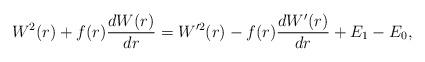
LaTeX: \begin{align*} W^2(r) + f(r) \frac{dW(r)}{dr} = W^{\prime2}(r) - f(r) \frac{dW'(r)}{dr} + E_1 - E_0, \end{align*}